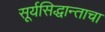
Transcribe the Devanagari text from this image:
सूर्यसिद्धान्ताचा